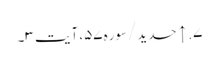
۷. ↑ حدید/سوره۵۷، آیت ۳۔